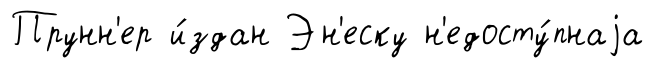
Прунн'ер и́здан Эн'еску н'едосту́пнаjа